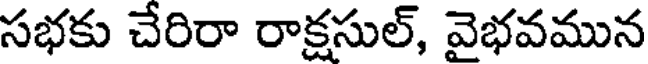
సభకు చేరిరా రాక్షసుల్, వైభవమున